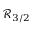
{ \ensuremath { \mathcal R } } _ { 3 / 2 }